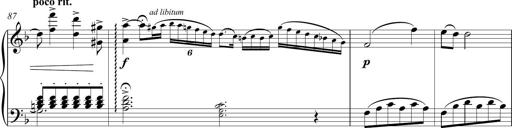
Title: Sonatina Vienesa al estilo de J.Haydn
Composer: JosÃ© RamÃ³n HernÃ¡ndez Bellido